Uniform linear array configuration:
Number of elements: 16
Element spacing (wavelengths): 0.5
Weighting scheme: hamming
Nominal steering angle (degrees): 15
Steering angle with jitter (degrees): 16.579
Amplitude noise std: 0.05
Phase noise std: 0.05

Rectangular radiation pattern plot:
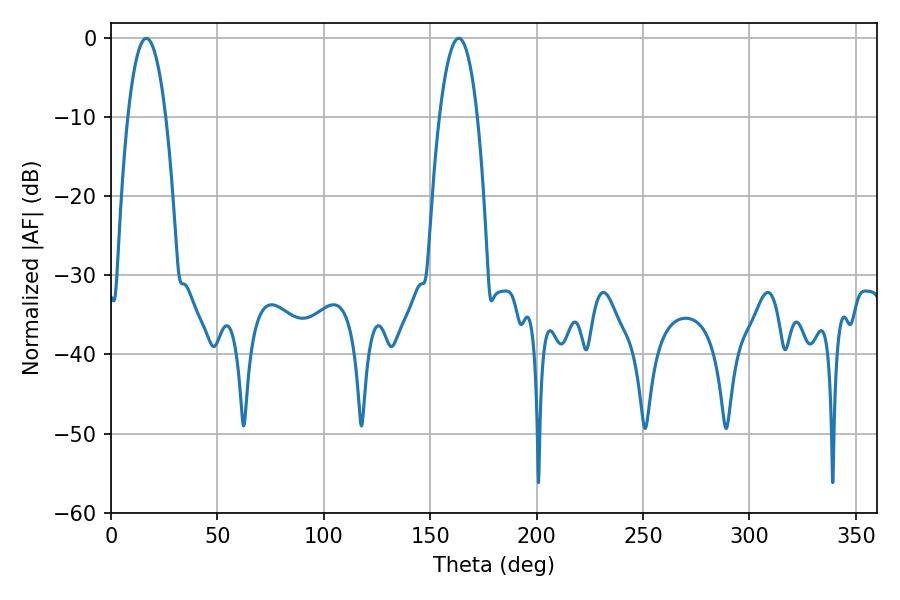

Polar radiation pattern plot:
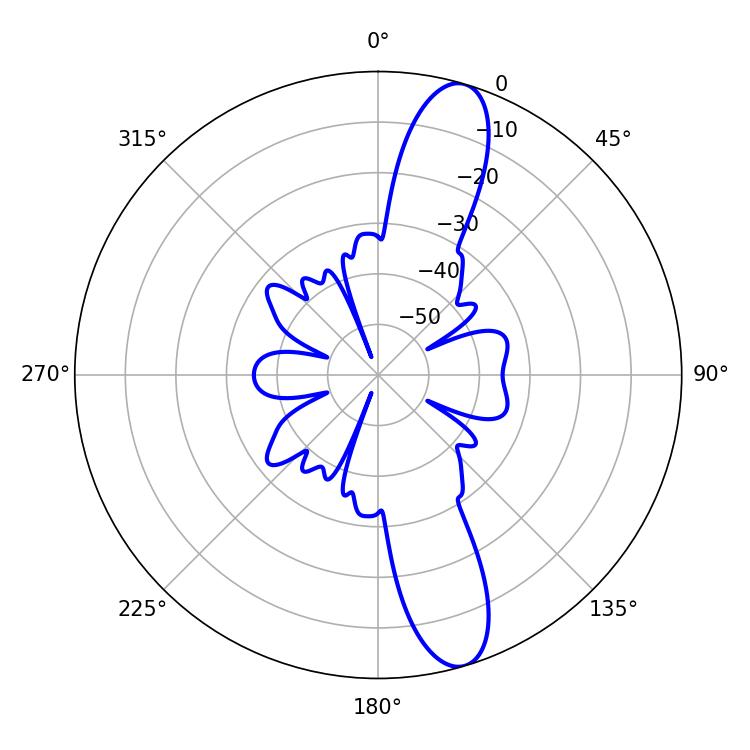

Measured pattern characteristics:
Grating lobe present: FALSE
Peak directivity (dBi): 12.758
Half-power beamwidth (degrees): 9.9
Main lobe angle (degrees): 16.56